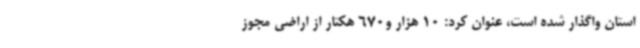
استان واگذار شده است، عنوان کرد: 10 هزار و670 هکتار از اراضی مجوز